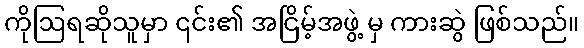
ကိုဩရဆိုသူမှာ ၎င်း၏ အငြိမ့်အဖွဲ့ မှ ကားဆွဲ ဖြစ်သည်။